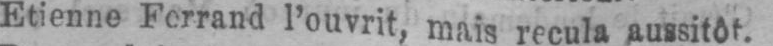
Etienne Ferrand l’ouvrit, mm recula aussitôt.